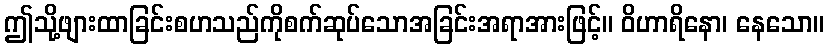
ဤသို့ဖျားထာခြင်းစဟသည်ကိုစက်ဆုပ်သောအခြင်းအရာအားဖြင့်။ ဝိဟာရိနော၊ နေသော။